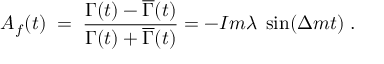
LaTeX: A _ { f } ( t ) \; = \; \frac { \Gamma ( t ) - \overline { { { \Gamma } } } ( t ) } { \Gamma ( t ) + \overline { { { \Gamma } } } ( t ) } = - I m \lambda \; \sin ( \Delta m t ) \; .